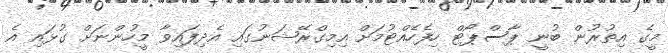
މީގެ އިތުރުން ބުނީ ޕާސްޕޯޓް ހިފެހެއްޓުމަށް އިމިގްރޭޝަނުގައި އެދިފައިވާ މީހުންނަށް ގުޅައި އެ